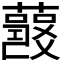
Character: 𧂘